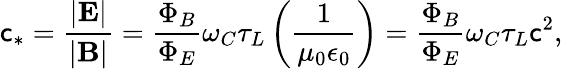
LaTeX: \mathsf{c}_{*}=\frac{{|\textbf{{E}}|}}{{|\textbf{{B}}|}}=\frac{{\Phi_{B}}}{{\Phi_{E}}}\omega_{C}\tau_{L}\left(\frac{{1}}{{\mu_{0}\epsilon_{0}}}\right)=\frac{{\Phi_{B}}}{{\Phi_{E}}}\omega_{C}\tau_{L}\mathsf{c}^{2},